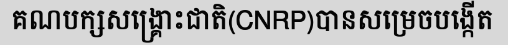
គណបក្សសង្គ្រោះជាតិ(CNRP)បានសម្រេចបង្កើត